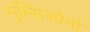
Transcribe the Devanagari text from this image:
गुस्सिओनी